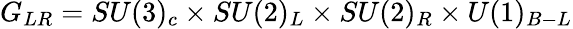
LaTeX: G_{LR}=SU(3)_{c}\times SU(2)_{L}\times SU(2)_{R}\times U(1)_{B-L}